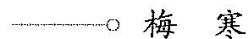
——\bigcirc梅 寒